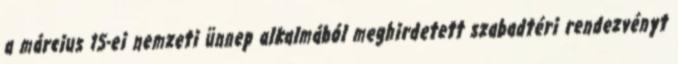
a március 15-ei nemzeti ünnep alkalmából meghirdetett szabadtéri rendezvényt